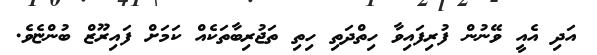
އަދި އެއީ ވޭނުން ފުރިފައިވާ ހިތްދަތި ހިތި ތަޖުރިބާތަކެއް ކަމަށް ފައިރޫޒް ބުންޏެވެ.